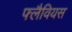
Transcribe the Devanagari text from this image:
फ्लैवियस